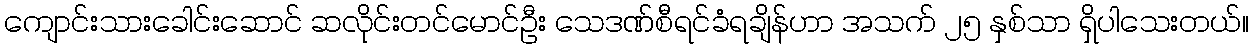
ကျောင်းသားခေါင်းဆောင် ဆလိုင်းတင်မောင်ဦး သေဒဏ်စီရင်ခံရချိန်ဟာ အသက် ၂၅ နှစ်သာ ရှိပါသေးတယ်။